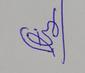
Signature authenticity: forged